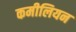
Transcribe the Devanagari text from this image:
कमीलियन